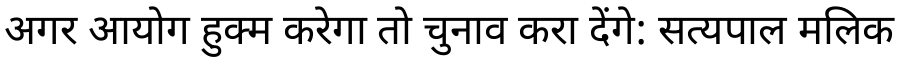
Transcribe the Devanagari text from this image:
अगर आयोग हुक्म करेगा तो चुनाव करा देंगे: सत्यपाल मलिक